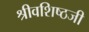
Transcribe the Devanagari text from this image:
श्रीवशिष्ठजी